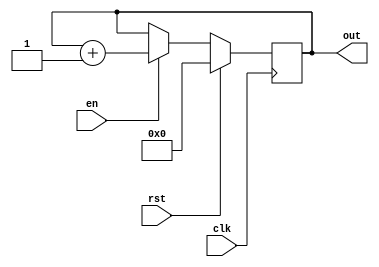
module counter(rst,en,clk,out);

input clk,en,rst;

output [15:0] out;
reg [15:0] out1;

always@(posedge clk)
begin
if(rst == 1'b1)
      out1 <= 16'd0;
else
   if(en == 1'b1)
	    out1 <= out1 +  16'd1;
	else
	     out1 <= out1;
end

 assign out = out1;
endmodule